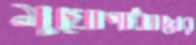
মুখোপাধ্যায়ের